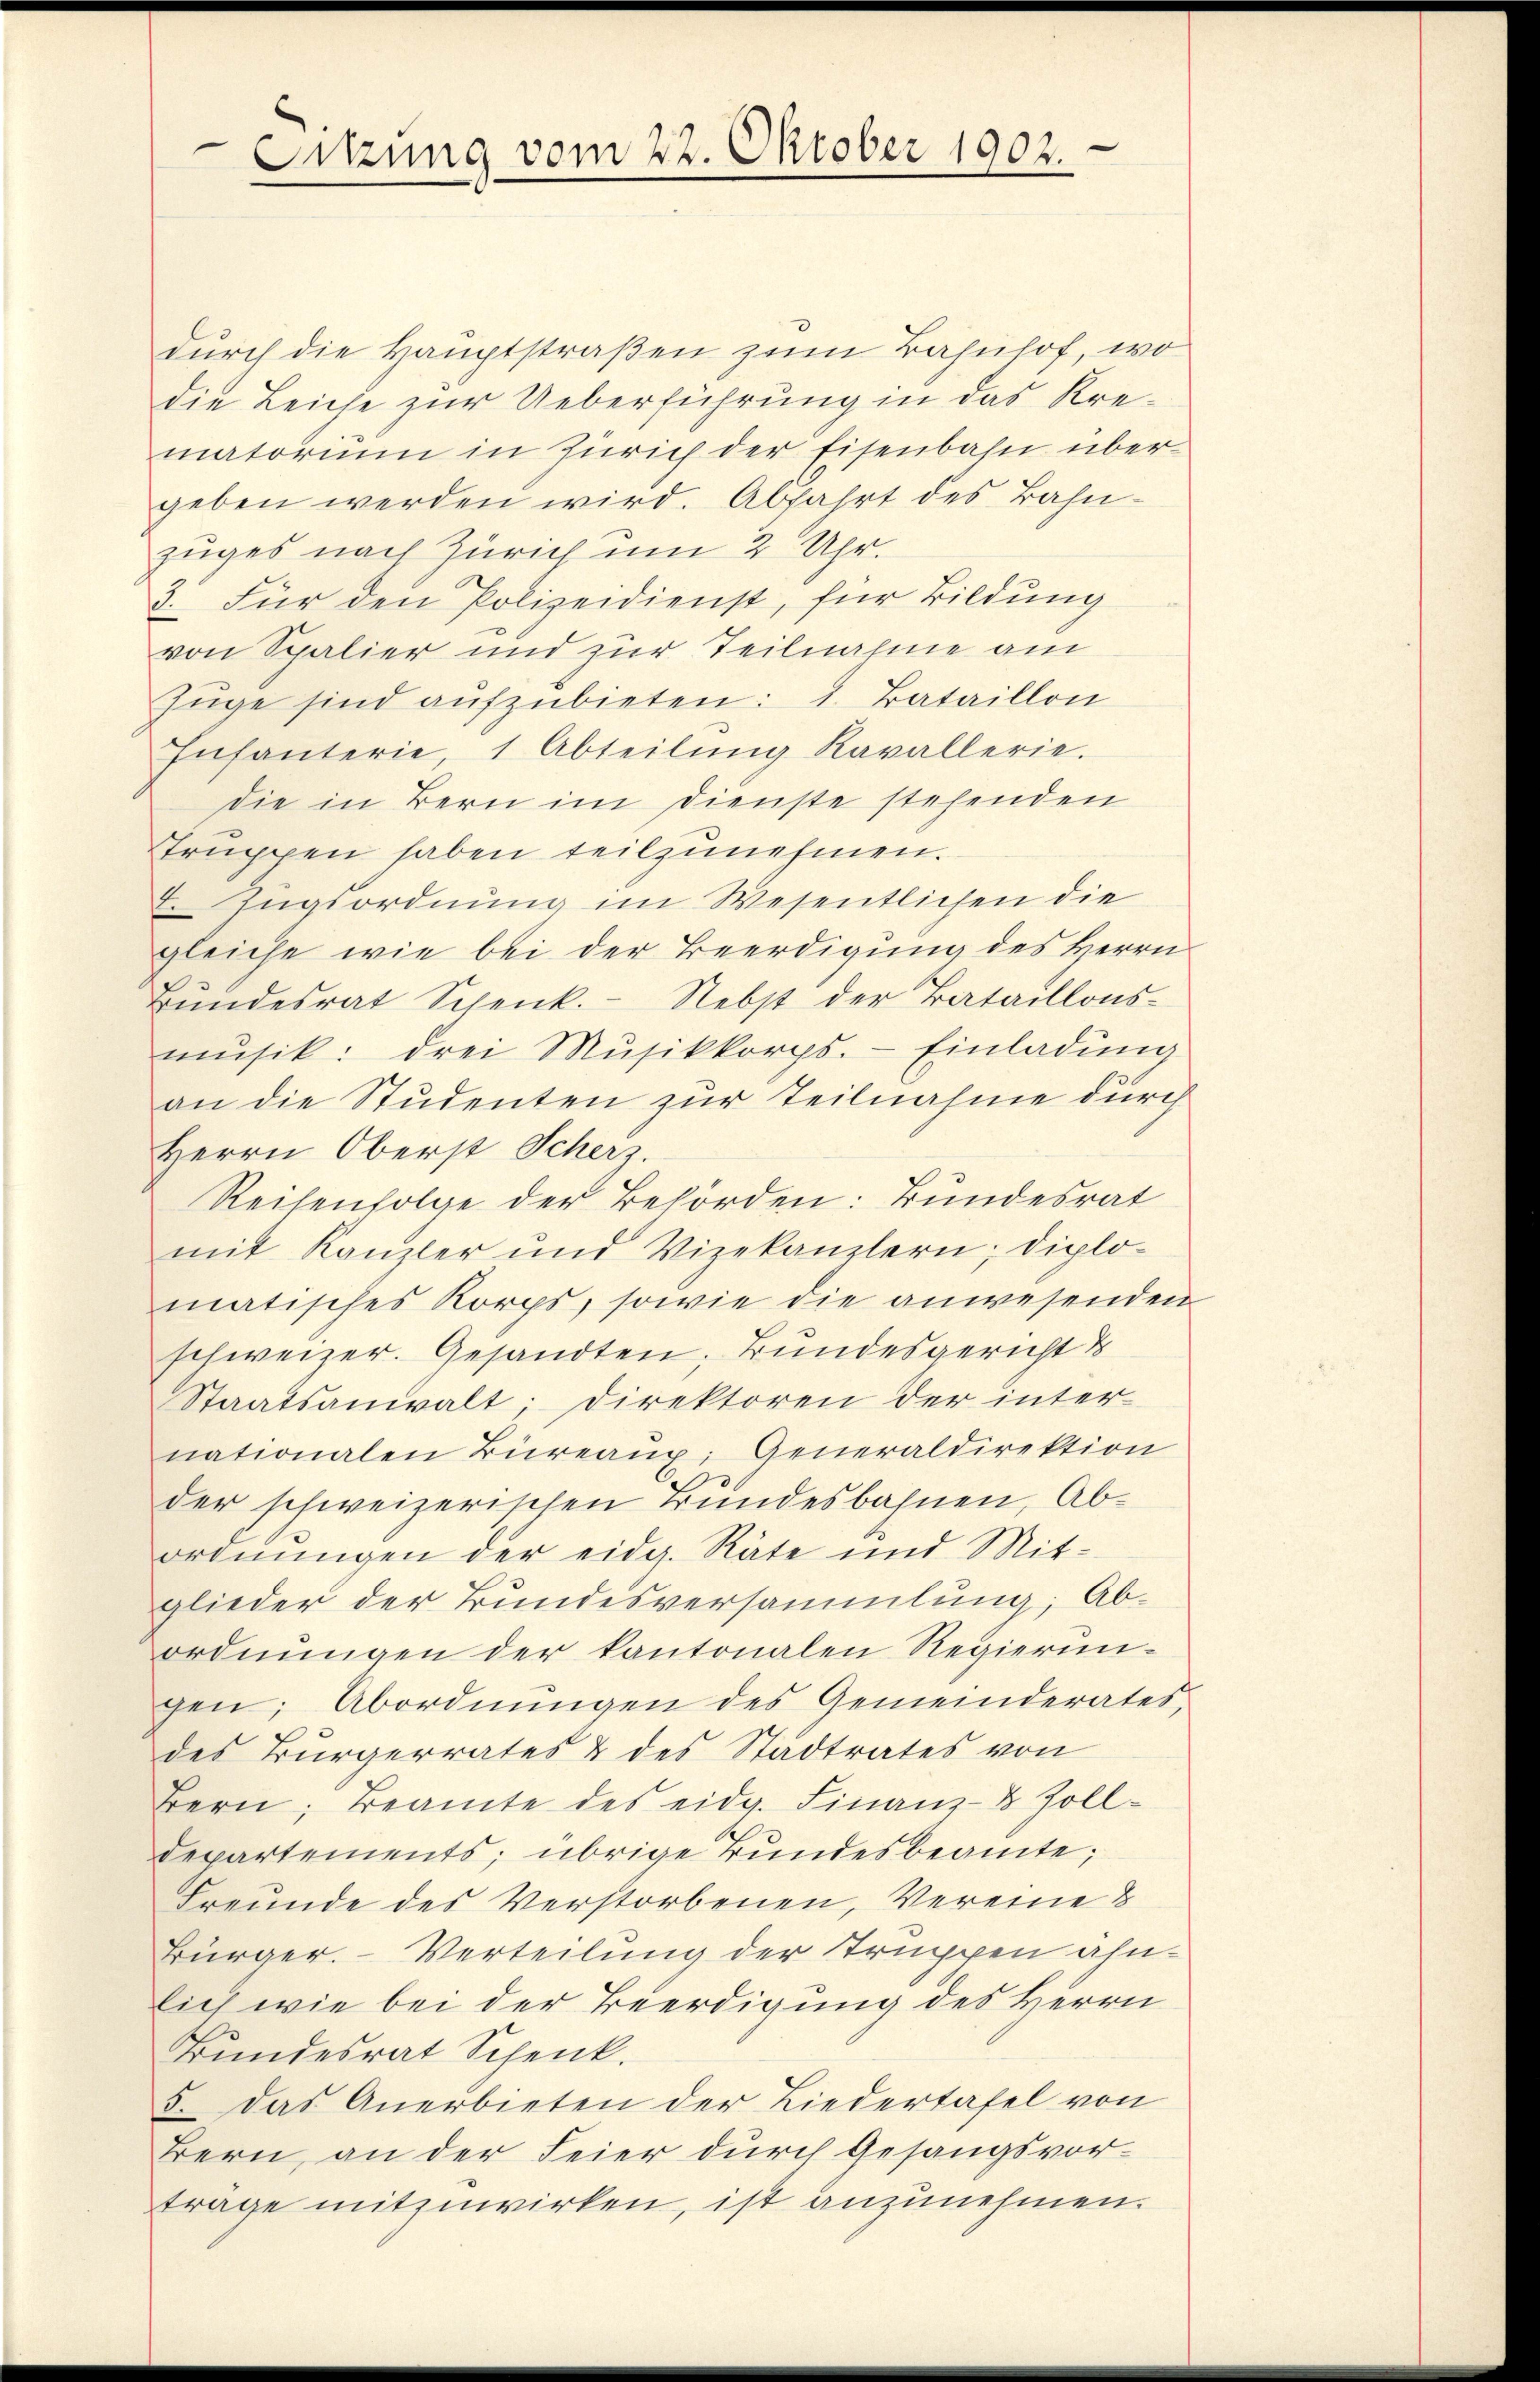
Sitzung vom 22. Oktober 1902.

durch die Hauptstraßen zum Bahnhof, wo
die Leiche zur Ueberführung in das Krematorium in Zürich der Eisenbahn übergeben werden wird. Abfahrt des Bahn-
zuges nach Zürich um 2 Uhr.
3. Für den Polizeidienst, für Bildung
von Spalier und zur Teilnahme am
Züge sind aufzubieten: 1. Bataillon
Infanterie, 1 Abteilŭng Kavallerie.
die in Bern im Dienste stehenden
struppen haben teilzunehmen.
E. Zugsordnung im Wesentlichen die
gleiche wie bei der Beerdigung des Herrn
Bŭndesrat Schenk. Nebst der Bataillonsmusik: drei Musikkorps. - Einladung
an die Studenten zur Teilnahme durch
Herrn Oberst Scherz.
Reisenfolge der Behörden: Bundesrat
mit Kanzler und Vizekanzlern; diplo-
matisches Korps, sowie die anwesenden
schweizer. Gesandten, Bundesgericht
Staatsanwalt; Direktoren der inter-
nationalen Büreaux; Generaldirektion
der schweizerischen Bundesbahnen, Abordnŭngen der eidg. Räte und Mit-
glieder der Bundesversammlung; Abordnungen der kantonalen Regierungen; Abordnungen des Gemeinderates,
des Bürgerrates & des Stadtrates von
Bern, Beamte des eidg. Finanz- & Zolldepartements; übrige Bundesbeamte,
Freunde des Verstorbenen, Vereine &
Bürger. Verteilung der Truppen ahnlich wie bei der Beerdigung des Herrn
Bundesrat Schenk.
5. Das Anerbieten der Liedertafel von
Bern, an der Feier durch Gesangsvortrage mitzuwirken, ist anzunehmen.